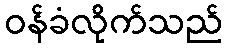
ဝန်ခံလိုက်သည်